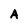
Character: A